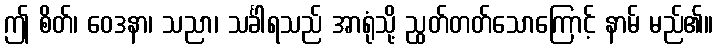
ဤ စိတ်၊ ဝေဒနာ၊ သညာ၊ သင်္ခါရသည် အာရုံသို့ ညွတ်တတ်သောကြောင့် နာမ် မည်၏။